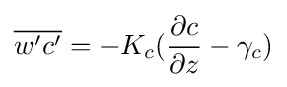
{\overline {w'c'}}=-K_{c}({\frac {\partial c}{\partial z}}-\gamma _{c})